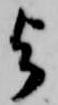
と